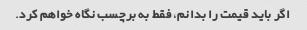
اگر باید قیمت را بدانم، فقط به برچسب نگاه خواهم کرد.